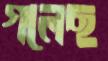
গলেছ